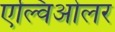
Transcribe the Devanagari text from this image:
एल्विओलर